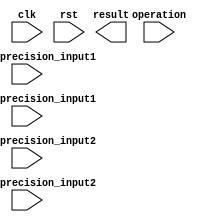
module MixedPrecisionFloatingPointUnit (
    input wire clk,
    input wire rst,
    input wire [31:0] single_precision_input1,
    input wire [63:0] double_precision_input1,
    input wire [31:0] single_precision_input2,
    input wire [63:0] double_precision_input2,
    input wire [1:0] operation,
    output wire [63:0] result
);

// Define modules for single precision and double precision arithmetic

// Define conversion functions for seamless transition between different precisions

// Define modules for addition, subtraction, multiplication, and division operations

// Define rounding modes and exception handling mechanisms 

// Define efficient data storage and retrieval features

// Define error detection and correction functionalities

endmodule